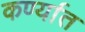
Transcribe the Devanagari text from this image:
कर्ण्यात